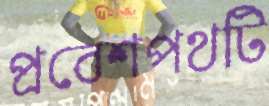
প্রবেশপথটি